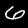
Digit: 6